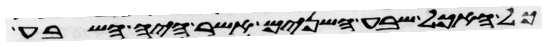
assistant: כל האכל שבע השנים אשר היה השבע